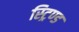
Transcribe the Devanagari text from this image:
स्ट्रिण्ड